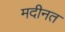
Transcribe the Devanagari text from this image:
मदीनत